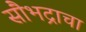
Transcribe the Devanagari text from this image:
सौभद्राचा